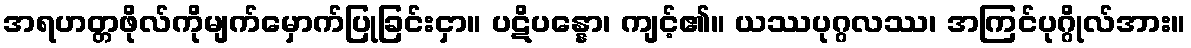
အရဟတ္တဖိုလ်ကိုမျက်မှောက်ပြုခြင်းငှာ။ ပဋိပန္နော၊ ကျင့်၏။ ယဿပုဂ္ဂလဿ၊ အကြင်ပုဂ္ဂိုလ်အား။